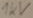
Text: 1KV